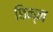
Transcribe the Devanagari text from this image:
छिन्‍न